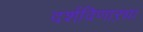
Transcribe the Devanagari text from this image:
दर्शविणाऱ्या